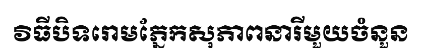
វិធីបិទរោមភ្នែកសុភាពនារីមួយចំនួន